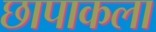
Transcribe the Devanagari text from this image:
छापाकला